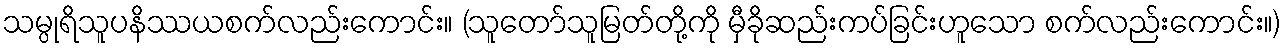
သမ္ပုရိသူပနိဿယစက်လည်းကောင်း။ (သူတော်သူမြတ်တို့ကို မှီခိုဆည်းကပ်ခြင်းဟူသော စက်လည်းကောင်း။)